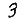
Digit: 3